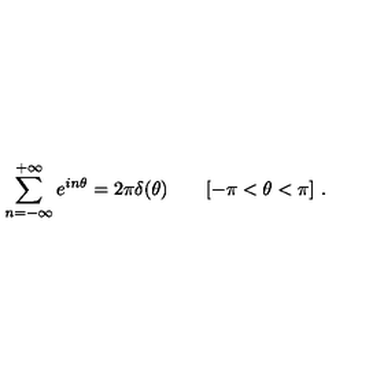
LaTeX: \sum _ { n = - \infty } ^ { + \infty } e ^ { i n \theta } = 2 \pi \delta ( \theta ) \qquad [ - \pi < \theta < \pi ] \ .